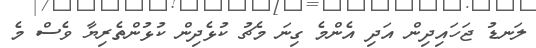
ލަނޑު ޖަހައިދިން އަދި އެންމެ ގިނަ މެޗު ކުޅެދިން ކުޅުންތެރިޔާ ވެސް މެ